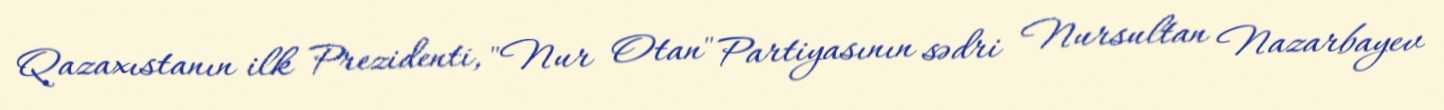
Qazaxıstanın ilk Prezidenti, "Nur Otan" Partiyasının sədri Nursultan Nazarbayev